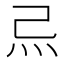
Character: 𤆔